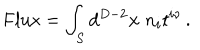
\mathrm { F l u x } = \int _ { S } d ^ { D - 2 } { \bf x } \; n _ { i } t ^ { i \nu } \, .